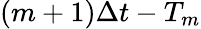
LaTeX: (m+1)\Delta t-T_{m}